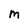
Character: M